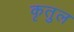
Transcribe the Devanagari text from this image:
कृतुल